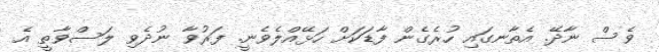
ވެސް ނާދޭ. އެތާނގައި ހުރެގެން ފާޑަކަށް ހަޅޭއްލެވެނީ. ފަރުވާ ނުދެވި ލަސްވާތީ އެ